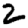
Digit: 2